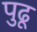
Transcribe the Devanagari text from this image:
पुढू